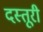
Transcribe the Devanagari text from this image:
दस्तूरी